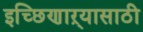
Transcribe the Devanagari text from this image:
इच्छिणाऱ्यासाठी